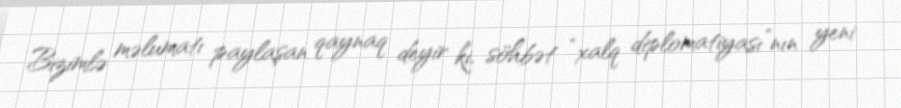
Bizimlə məlumatı paylaşan qaynaq deyir ki, söhbət “xalq diplomatiyası”nın yeni